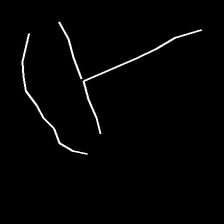
Glyph: dispersion